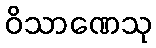
ဝိသာဏေသု